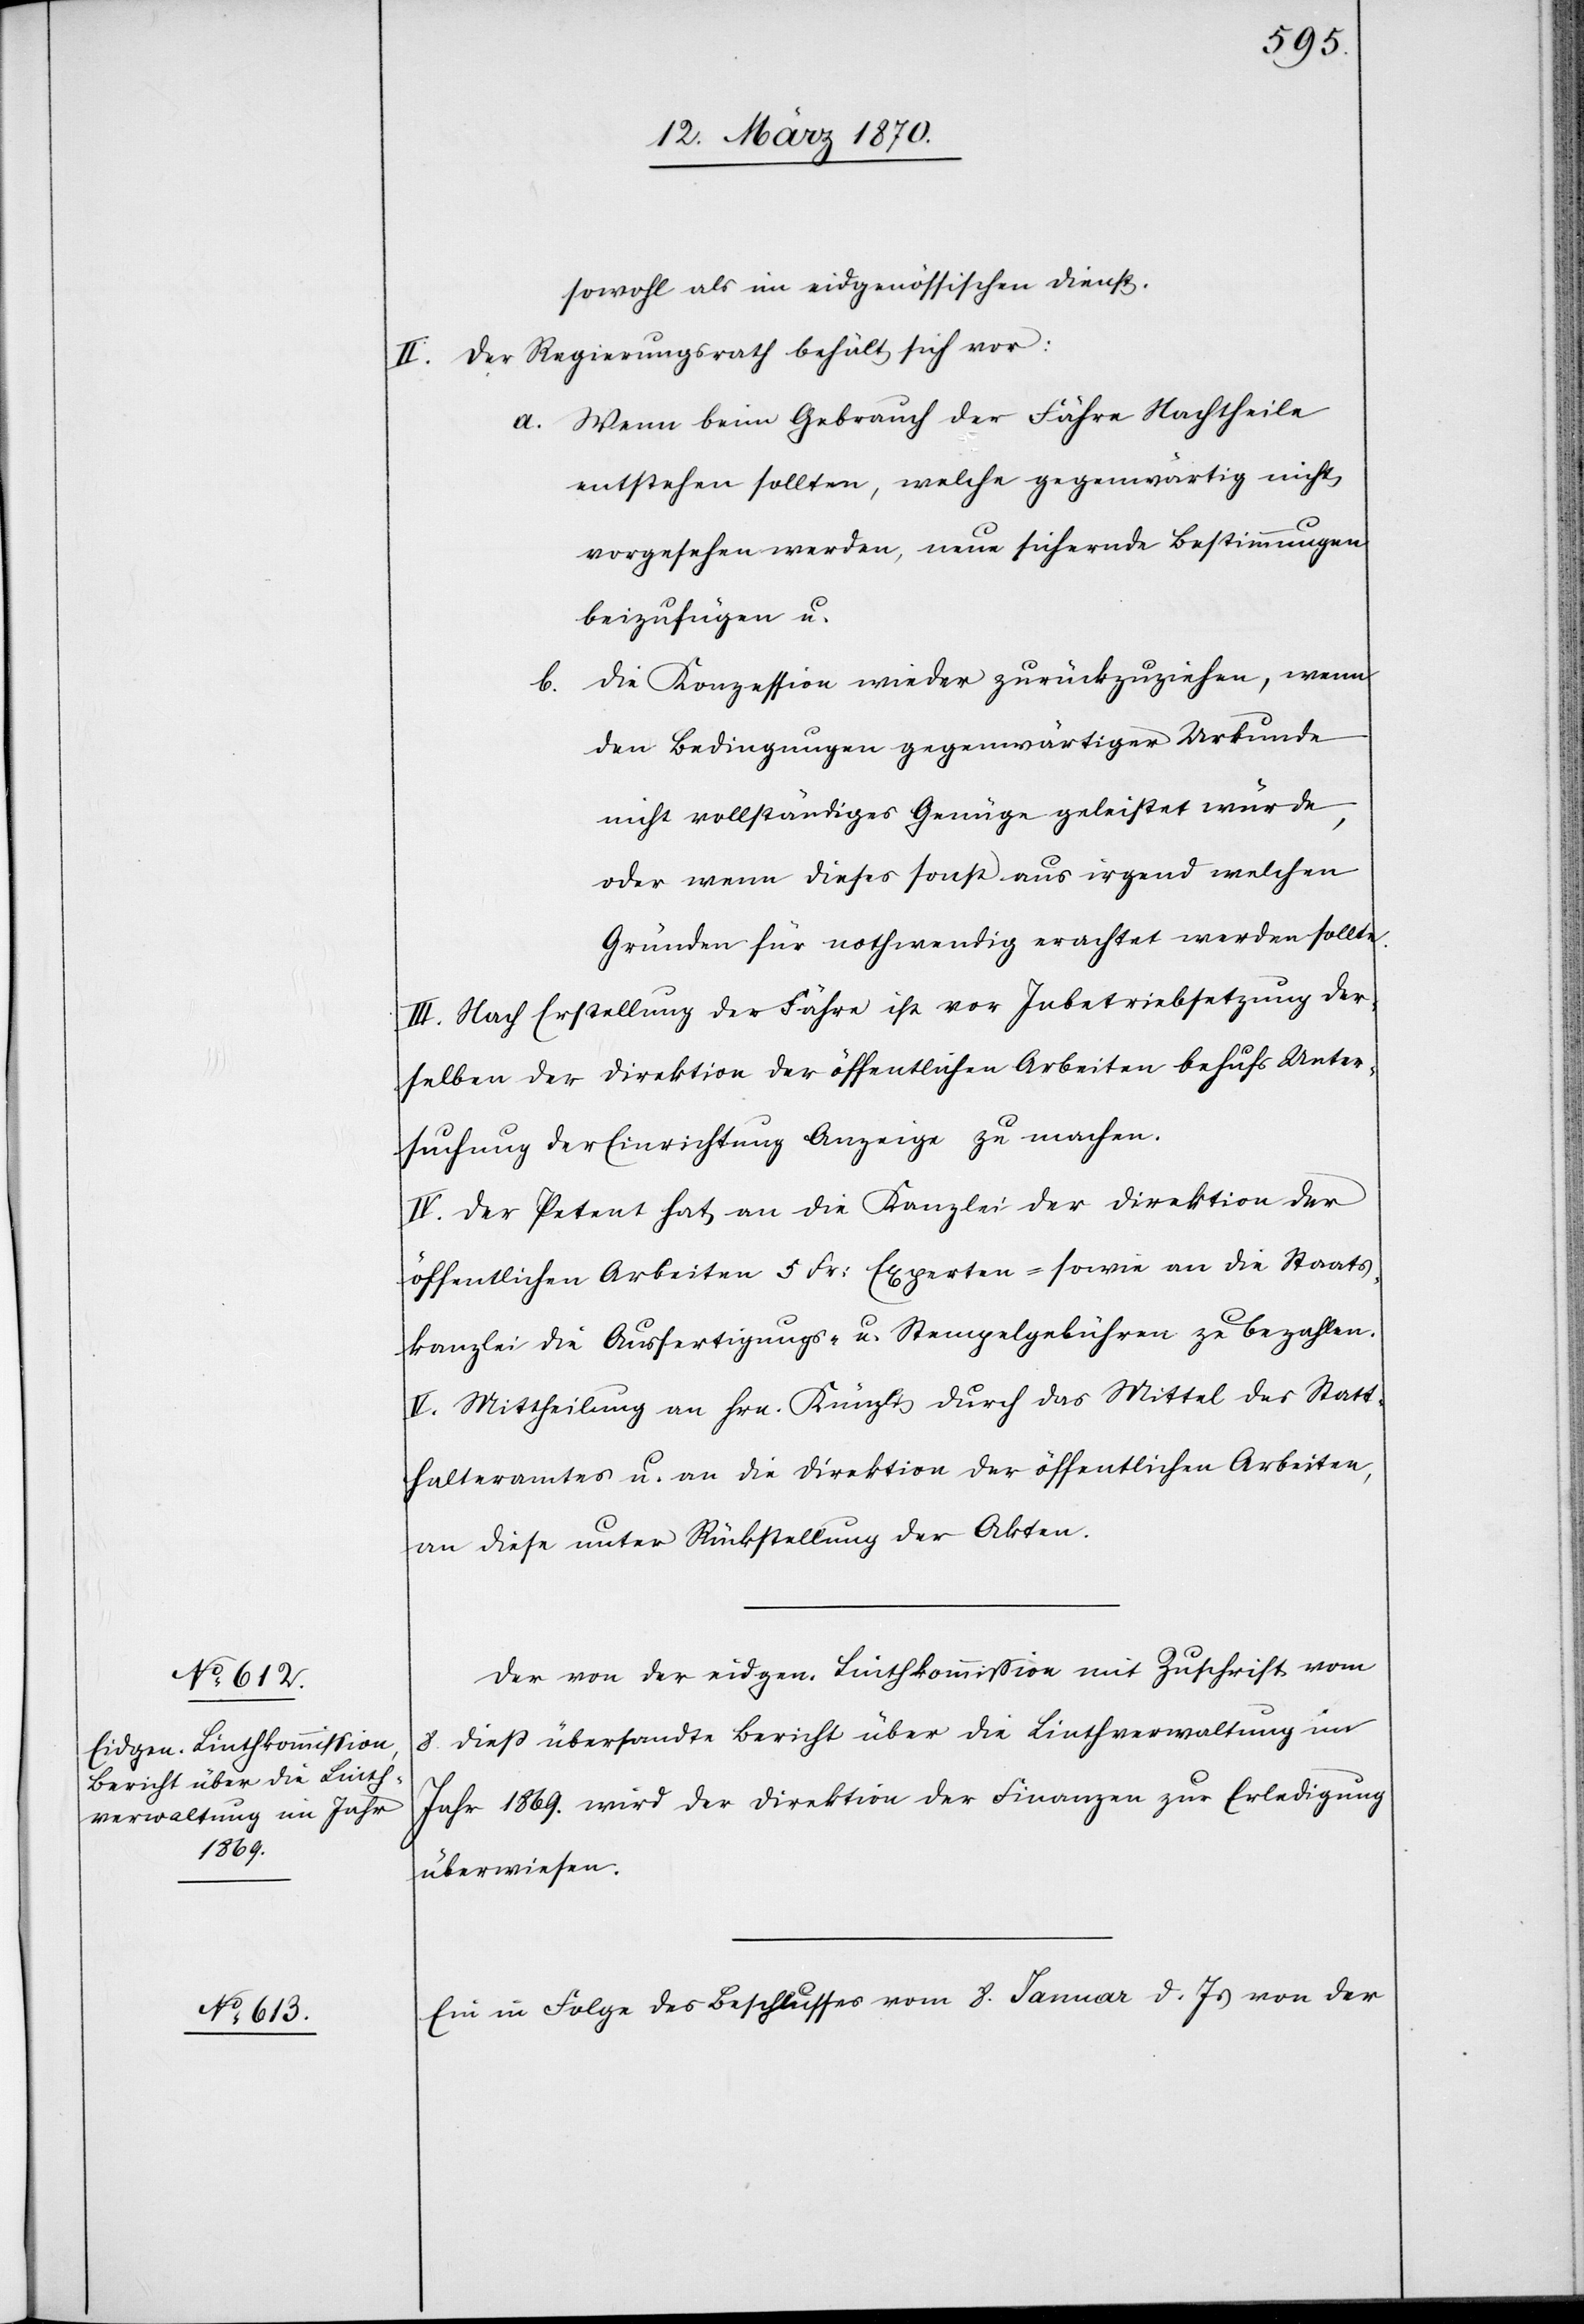
sowohl als im eidgenössischen Dienst.
II. Der Regierungsrath behält sich vor:
a. Wenn beim Gebrauch der Fähre Nachtheile
entstehen sollten, welche gegenwärtig nicht
vorgesehen werden, neue sichernde Bestimmungen
beizufügen u.
b. Die Konzession wieder zurückzuziehen, wenn
den Bedingungen gegenwärtiger Urkunde
nicht vollständiges Genüge geleistet würde,
oder wenn dieses sonst aus irgend welchen
Gründen für nothwendig erachtet werden sollte.
III. Nach Erstellung der Fähre ist vor Inbetriebsetzung der¬
selben der Direktion der öffentlichen Arbeiten behufs Unter¬
suchung der Einrichtung Anzeige zu machen.
IV. Der Petent hat an die Kanzlei der Direktion der
öffentlichen Arbeiten 5 Fr: Experten- sowie an die Staats¬
kanzlei die Ausfertigungs- u. Stempelgebühren zu bezahlen.
V. Mittheilung an Hrn. Künzli durch das Mittel des Statt¬
halteramtes u. an die Direktion der öffentlichen Arbeiten,
an diese unter Rückstellung der Akten.
Der von der eidgen. Linthkommission mit Zuschrift vom
8. dieß übersandte Bericht über die Linthverwaltung im
Jahr 1869. wird der Direktion der Finanzen zur Erledigung
überwiesen.
Ein in Folge des Beschlusses vom 8. Januar d. Js von der